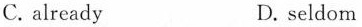
C. already D. seldom